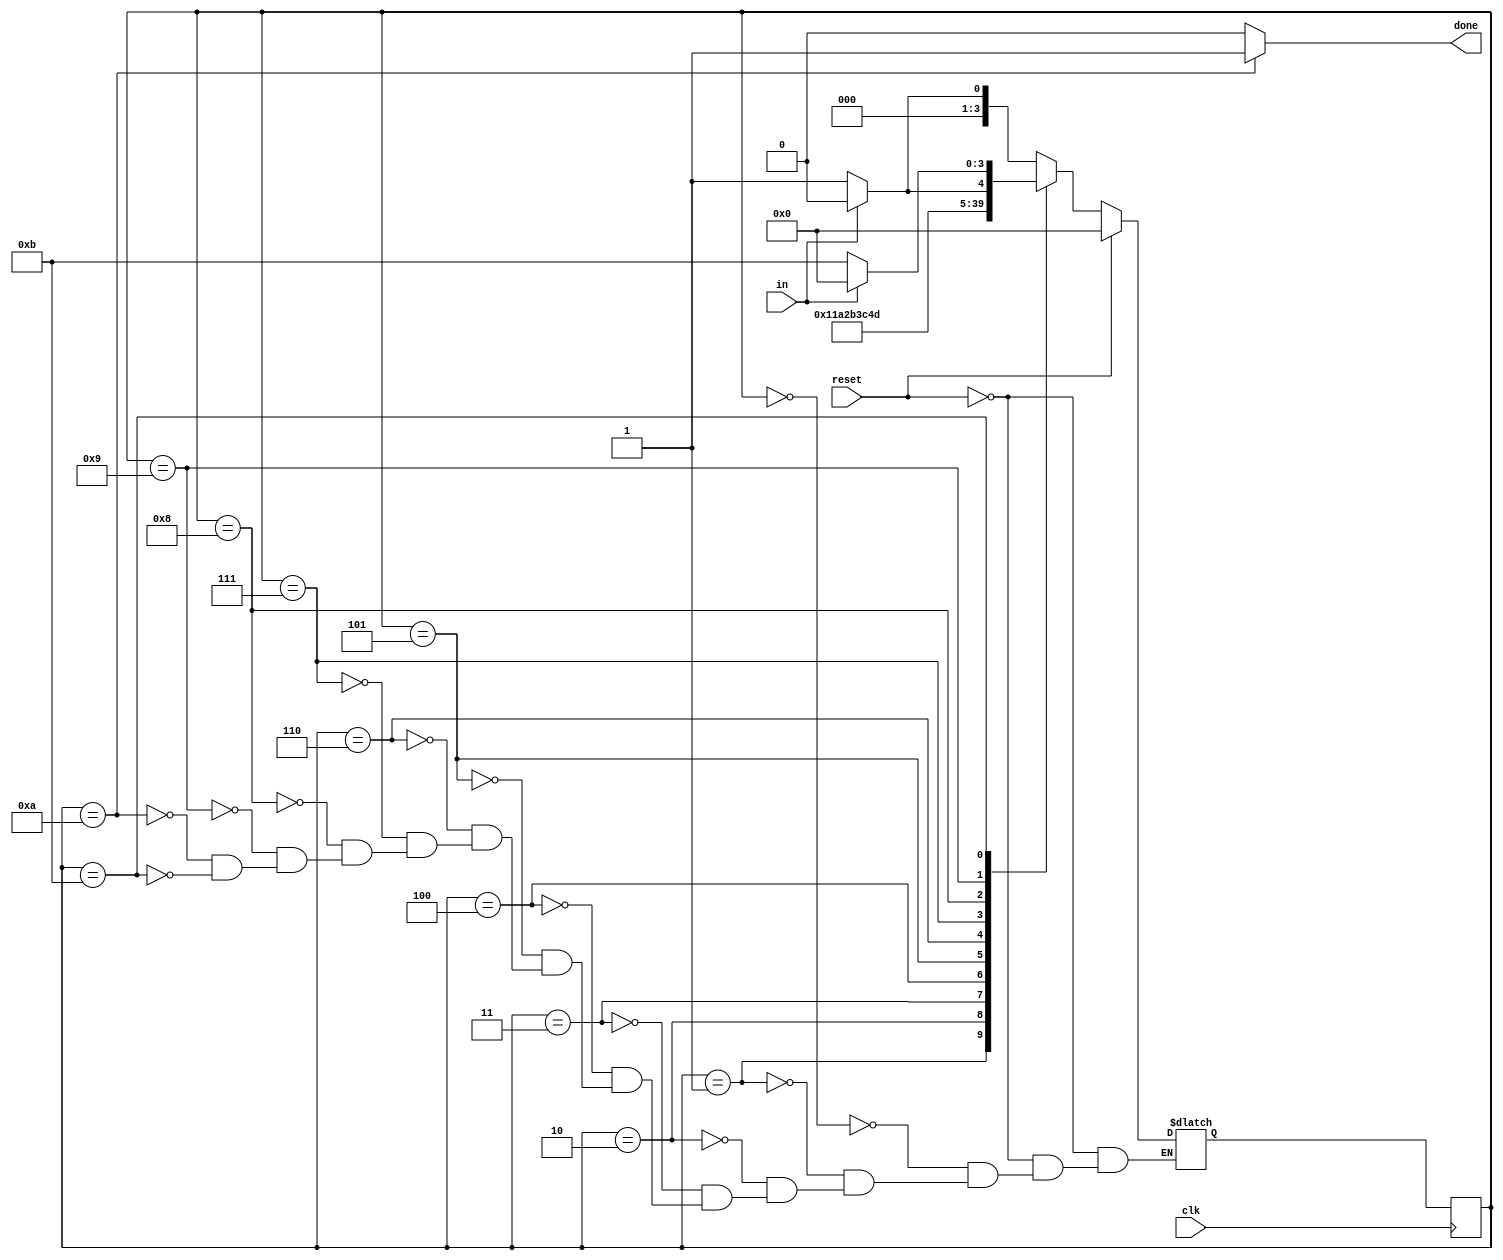
module top_module(
    input clk,
    input in,
    input reset,    // Synchronous reset
    output done
); 
    
    reg [3:0] state, next_state;
    // 0(Start Bit)     1 0 1 0 0 0 0 0         1 (Stop bit) --> Done = 1 (Stop bit is at correct place)
    // 0(Start Bit)     1 0 1 0 0 0 0 0     0 0 1 (Stop bit) --> Done = 0 (Stop bit is not at correct place)
    always @(*)
        begin
            if (reset)
                next_state = 0;
            else begin
                case (state)
                    0: next_state = (in == 0) ? 1:0;
                    1: next_state = 2;
                    2: next_state = 3;
                    3: next_state = 4; 
                    4: next_state = 5; 
                    5: next_state = 6;
                    6: next_state = 7;
                    7: next_state = 8;
                    8: next_state = 9;
                    9: next_state = (in == 1) ? 10:11; // Check stop bit
                    10: next_state = (in == 0) ? 1:0; // Done
                    11: next_state = (in == 1) ? 0:11;
                endcase
            end
        end
    
    
    always @(posedge clk)
        begin
        	state <= next_state;
        end
    
    
    always @(state)
        begin
            if (state == 10)
                done = 1;
            else 
                done = 0;
        end
endmodule